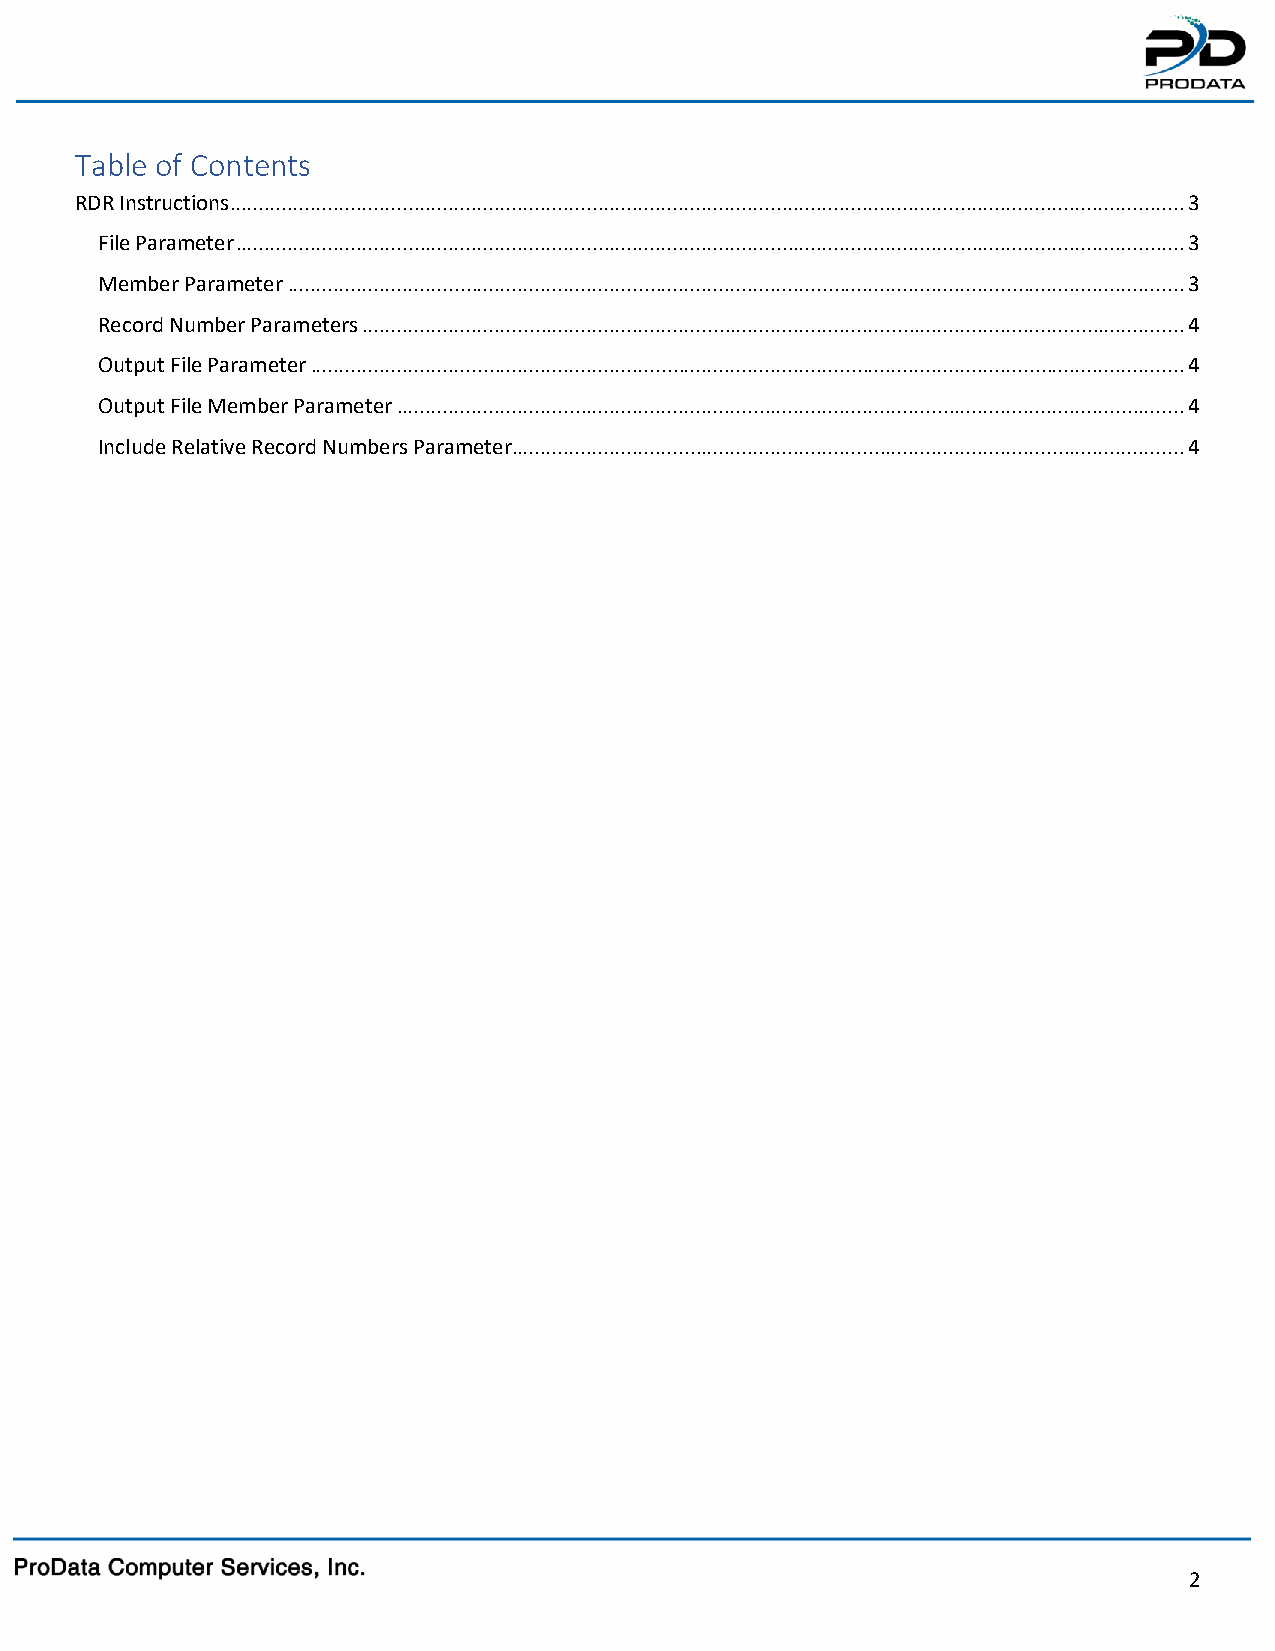
Table of Contents
 RDR Instructions ...................................................................................................................................................................... 3
 File Parameter ..................................................................................................................................................................... 3
 Member Parameter ............................................................................................................................................................ 3
 Record Number Parameters ............................................................................................................................................... 4
 Output File Parameter ........................................................................................................................................................ 4
 Output File Member Parameter ......................................................................................................................................... 4
 Include Relative Record Numbers Parameter ..................................................................................................................... 4
 2